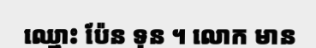
ឈ្មោះ ប៉ែន ទុន ។ លោក មាន